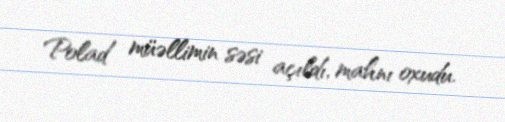
Polad müəllimin səsi açıldı, mahnı oxudu.